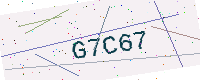
Text: G7C67